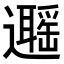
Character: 𨘽